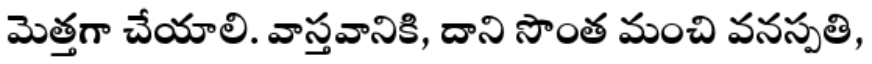
మెత్తగా చేయాలి. వాస్తవానికి, దాని సొంత మంచి వనస్పతి,